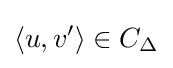
\langle u,v'\rangle \in C_{\Delta }